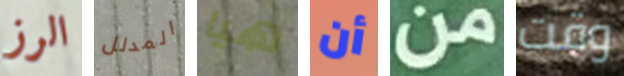
الرز المدلل هيا أن من وقت